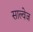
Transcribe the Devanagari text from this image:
साल्वेज